65_HS1-834228961_62-HQ-83894_Section_7
Agency: FBI
Page 28
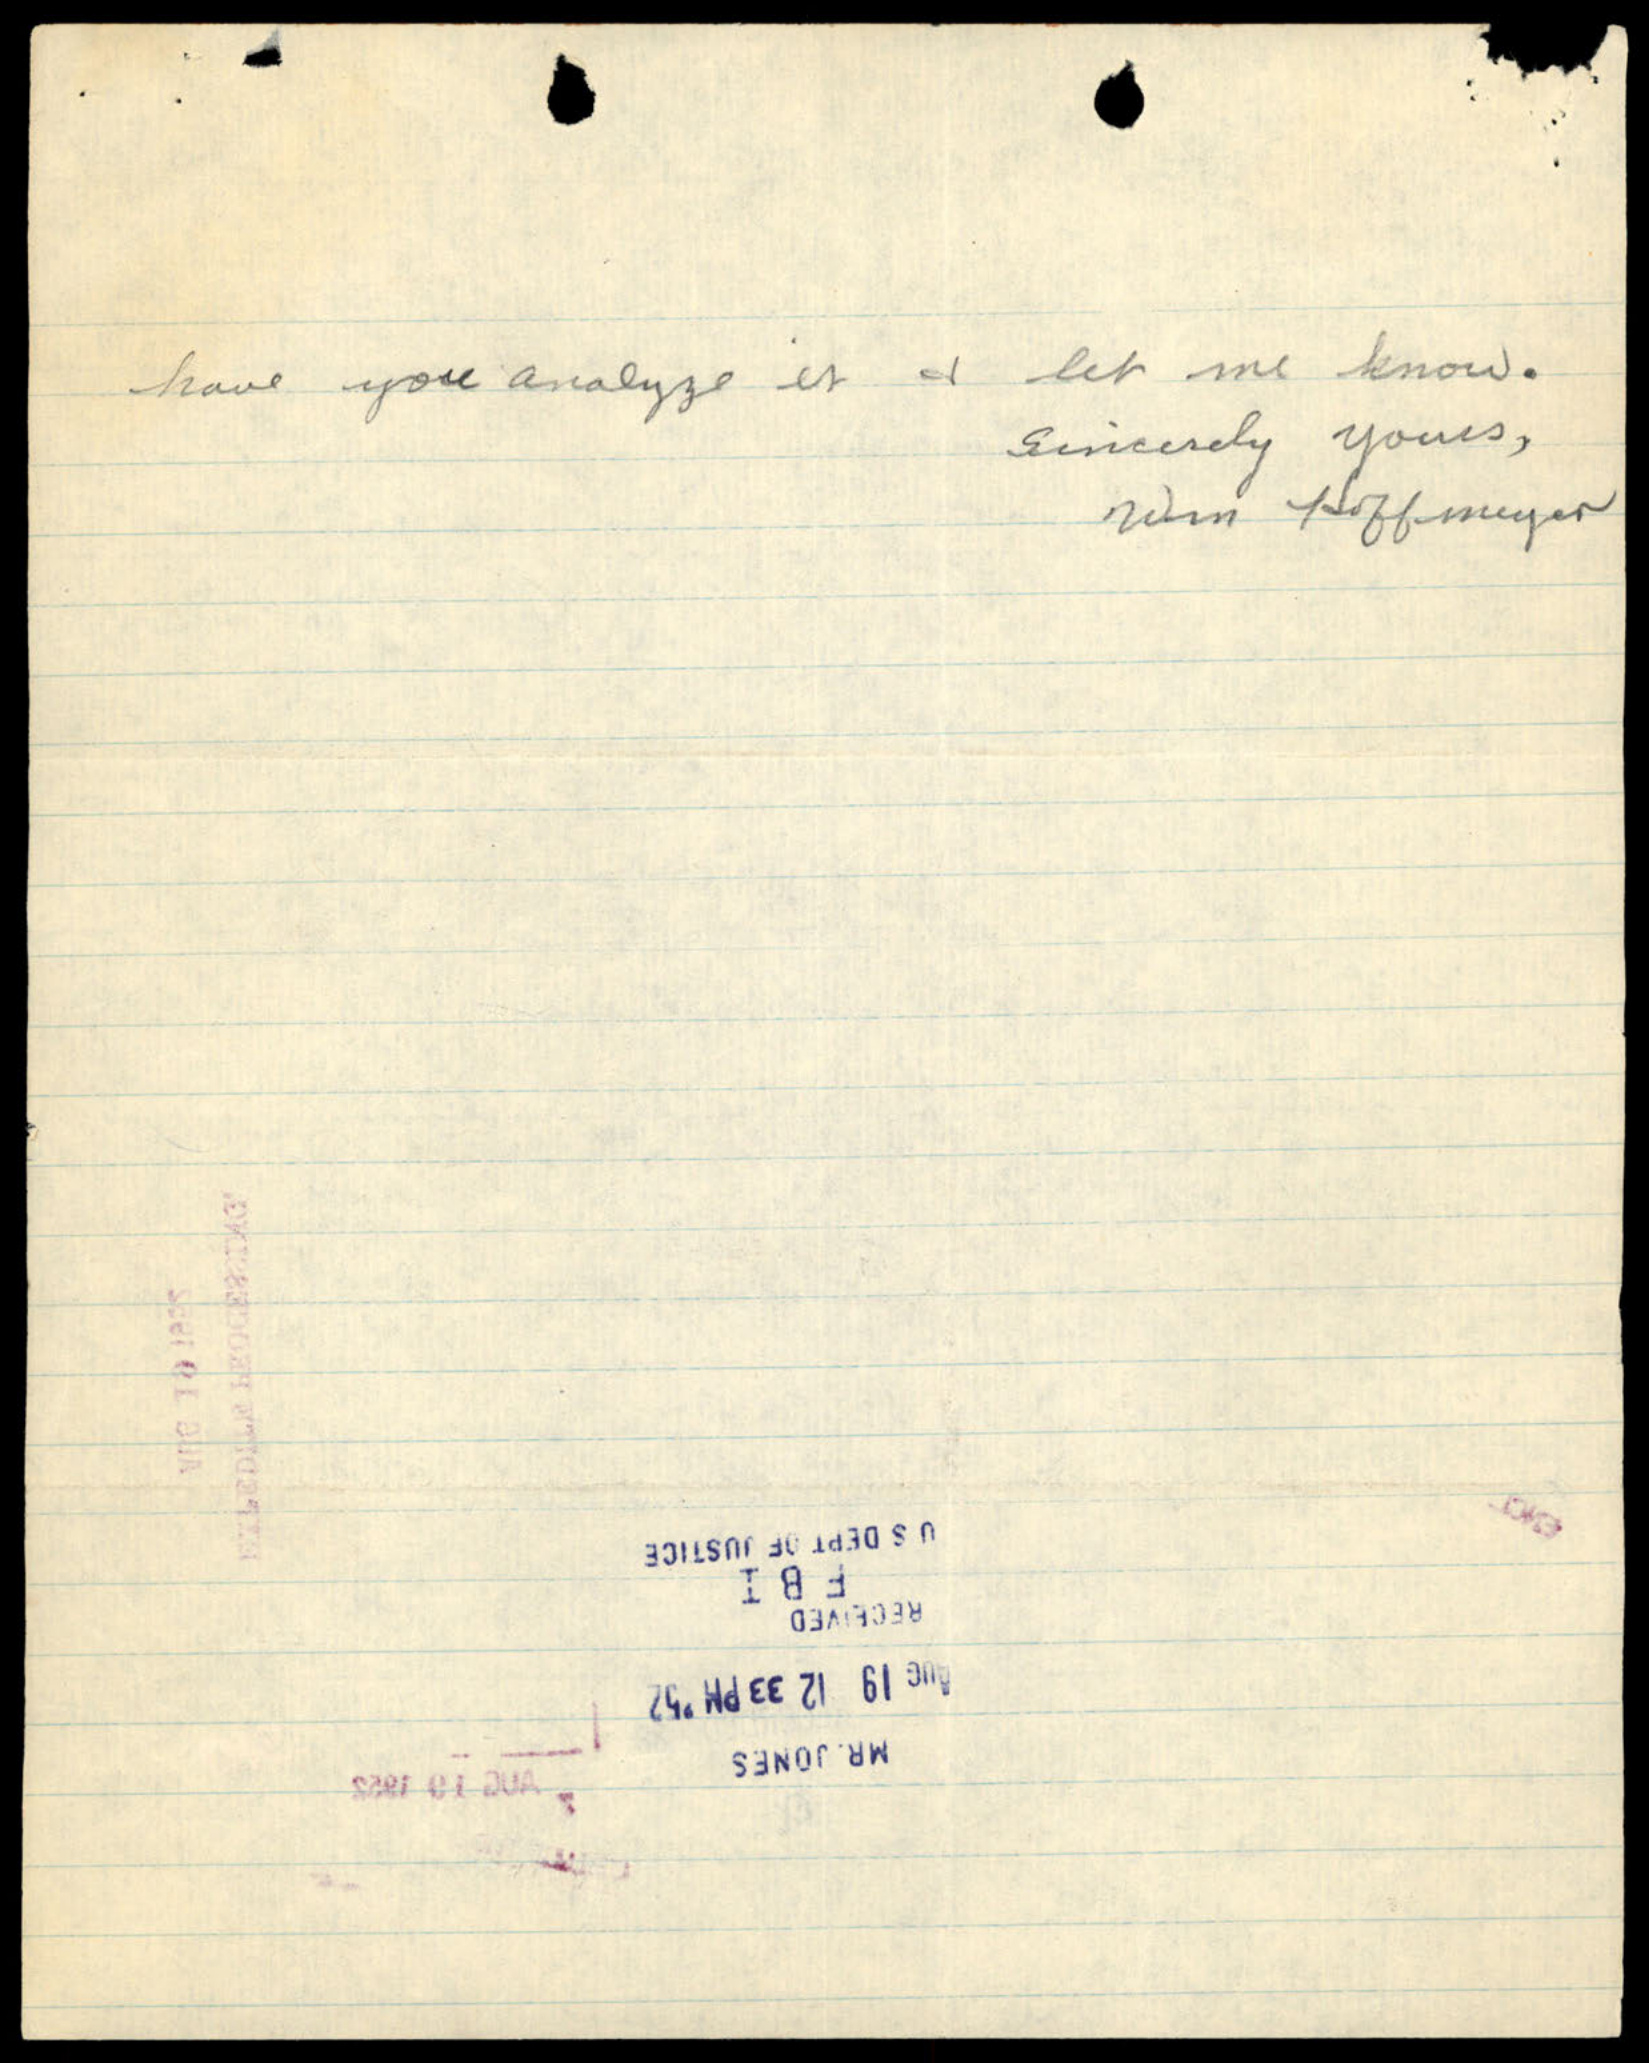